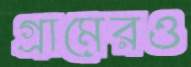
গ্রামেরও